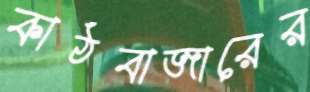
কাঠবাজারের